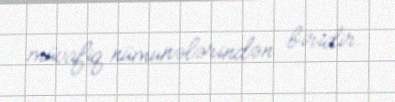
müvafiq nümunələrindən biridir.